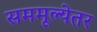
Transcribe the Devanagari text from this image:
सममूल्येतर